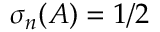
\sigma _ { n } ( A ) = 1 / 2